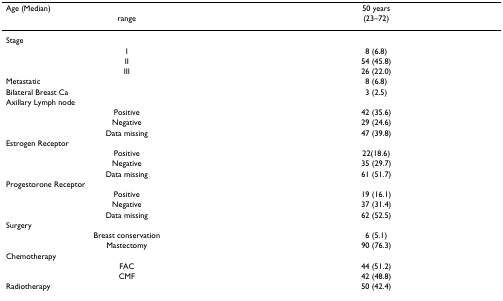
| Age (Median) | 50 years |
 | range | (23–72) |
 | --- | --- |
 | Stage |  |
 | I | 8 (6.8) |
 | II | 54 (45.8) |
 | III | 26 (22.0) |
 | Metastatic | 8 (6.8) |
 | Bilateral Breast Ca | 3 (2.5) |
 | Axillary Lymph node |  |
 | Positive | 42 (35.6) |
 | Negative | 29 (24.6) |
 | Data missing | 47 (39.8) |
 | Estrogen Receptor |  |
 | Positive | 22(18.6) |
 | Negative | 35 (29.7) |
 | Data missing | 61 (51.7) |
 | Progestorone Receptor |  |
 | Positive | 19 (16.1) |
 | Negative | 37 (31.4) |
 | Data missing | 62 (52.5) |
 | Surgery |  |
 | Breast conservation | 6 (5.1) |
 | Mastectomy | 90 (76.3) |
 | Chemotherapy |  |
 | FAC | 44 (51.2) |
 | CMF | 42 (48.8) |
 | Radiotherapy | 50 (42.4) |